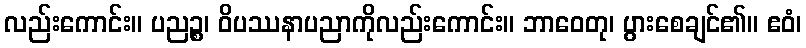
လည်းကောင်း။ ပညဉ္စ၊ ဝိပဿနာပညာကိုလည်းကောင်း။ ဘာဝေတု၊ ပွားစေချင်၏။ ဧဝံ၊